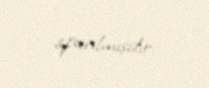
aparılmışdır.